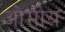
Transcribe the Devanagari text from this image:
ओमीय